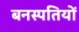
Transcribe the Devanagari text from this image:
बनस्पतियों